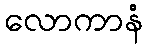
လောကာနံ